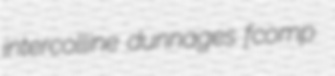
intercolline dunnages fcomp